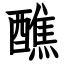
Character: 醮